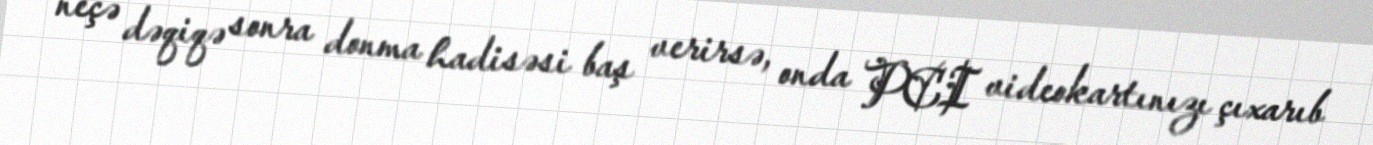
neçə dəqiqə sonra donma hadisəsi baş verirsə, onda PCI videokartınızı çıxarıb